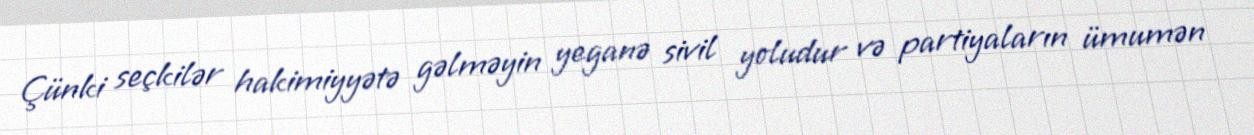
Çünki seçkilər hakimiyyətə gəlməyin yeganə sivil yoludur və partiyaların ümumən